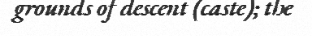
grounds of descent (caste); the